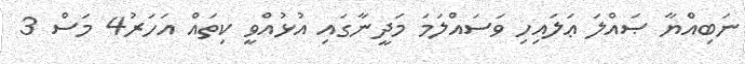
ނަބިއްޔާ ޞައްލަ ޢަލައިހި ވަސައްލަމަ މަދީނާގައި އުޅުއްވީ ކިތައް އަހަރު4 މަސް 3